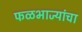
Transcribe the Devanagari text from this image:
फळभाज्यांचा